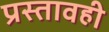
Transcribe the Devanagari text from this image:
प्रस्तावही